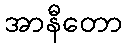
အာနီတော